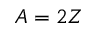
A = 2 Z